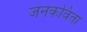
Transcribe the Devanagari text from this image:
जनकविता